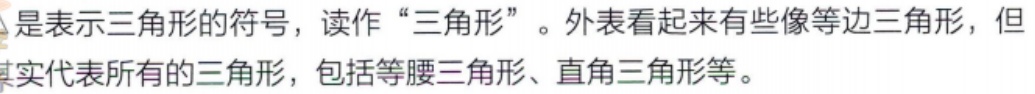
△是表示三角形的符号，读作“三角形”。外表看起来有些像等边三角形，但其实代表所有的三角形，包括等腰三角形、直角三角形等。